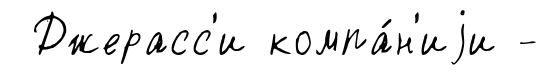
Джерасс'и компа́н'иjи -